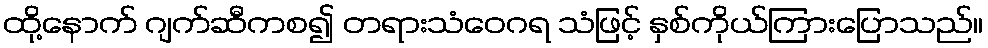
ထို့နောက် ဂျက်ဆီကစ၍ တရားသံဝေဂရ သံဖြင့် နှစ်ကိုယ်ကြားပြောသည်။